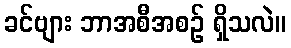
ခင်ဗျား ဘာအစီအစဉ် ရှိသလဲ။